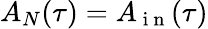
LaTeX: A_{N}(\tau)=A_{\mathrm{~i~n~}}(\tau)